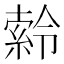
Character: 𪟹